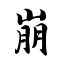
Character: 崩